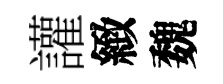
讙緻魏